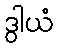
ဒွါယံ